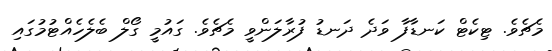
މެޗެވެ. ޓިކެޓް ކަނޑާފާ ވަދެ ދަނޑު ފުރާލަންވީ މެޗެވެ. ގައުމީ ގޯލް ބެލެހެއްޓުމުގައި